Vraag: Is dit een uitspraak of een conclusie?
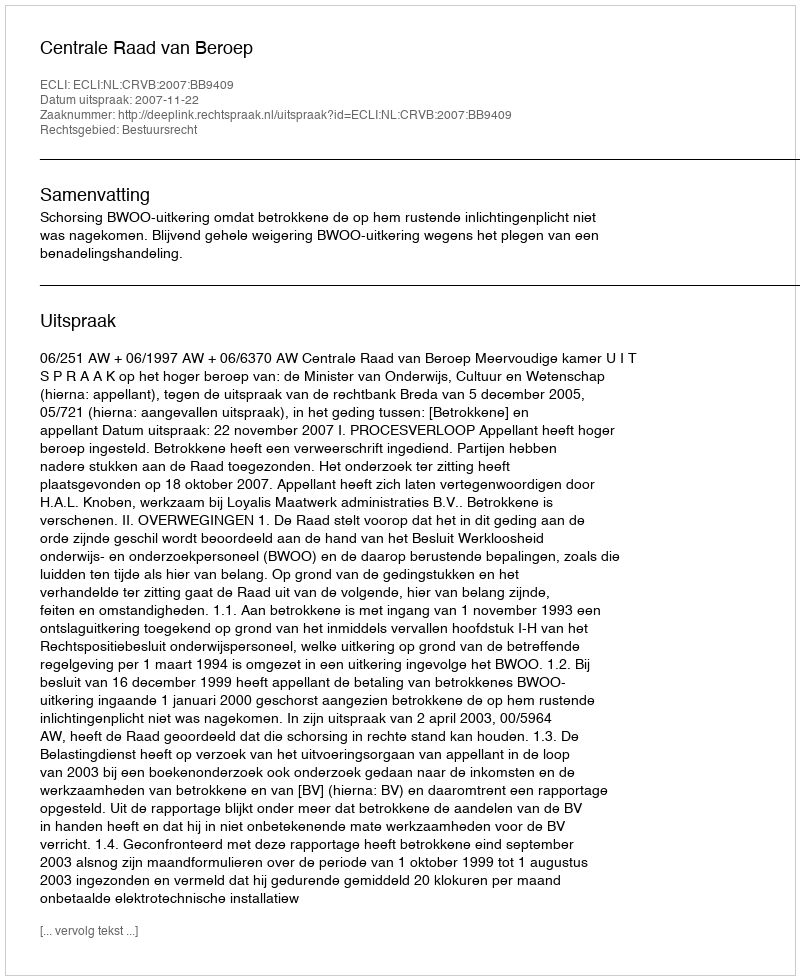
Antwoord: Uitspraak